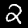
Label: 2